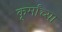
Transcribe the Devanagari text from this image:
कूर्मांच्या